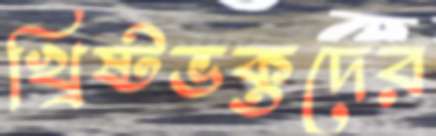
খ্রিষ্টভক্তদের